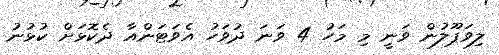
ލިވަޕޫލުން ވަނީ މި މަހު 4 ވަނަ ދުވަހު އެވަޓަންއާ ދެކޮޅަށް ކުޅުނު